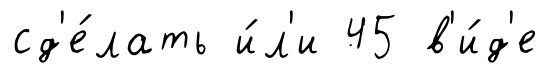
сд'е́лать и́л'и 45 в'и́д'е